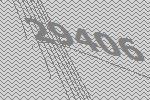
29406